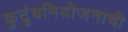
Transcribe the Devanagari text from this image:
कुटुंबनियोजनाची